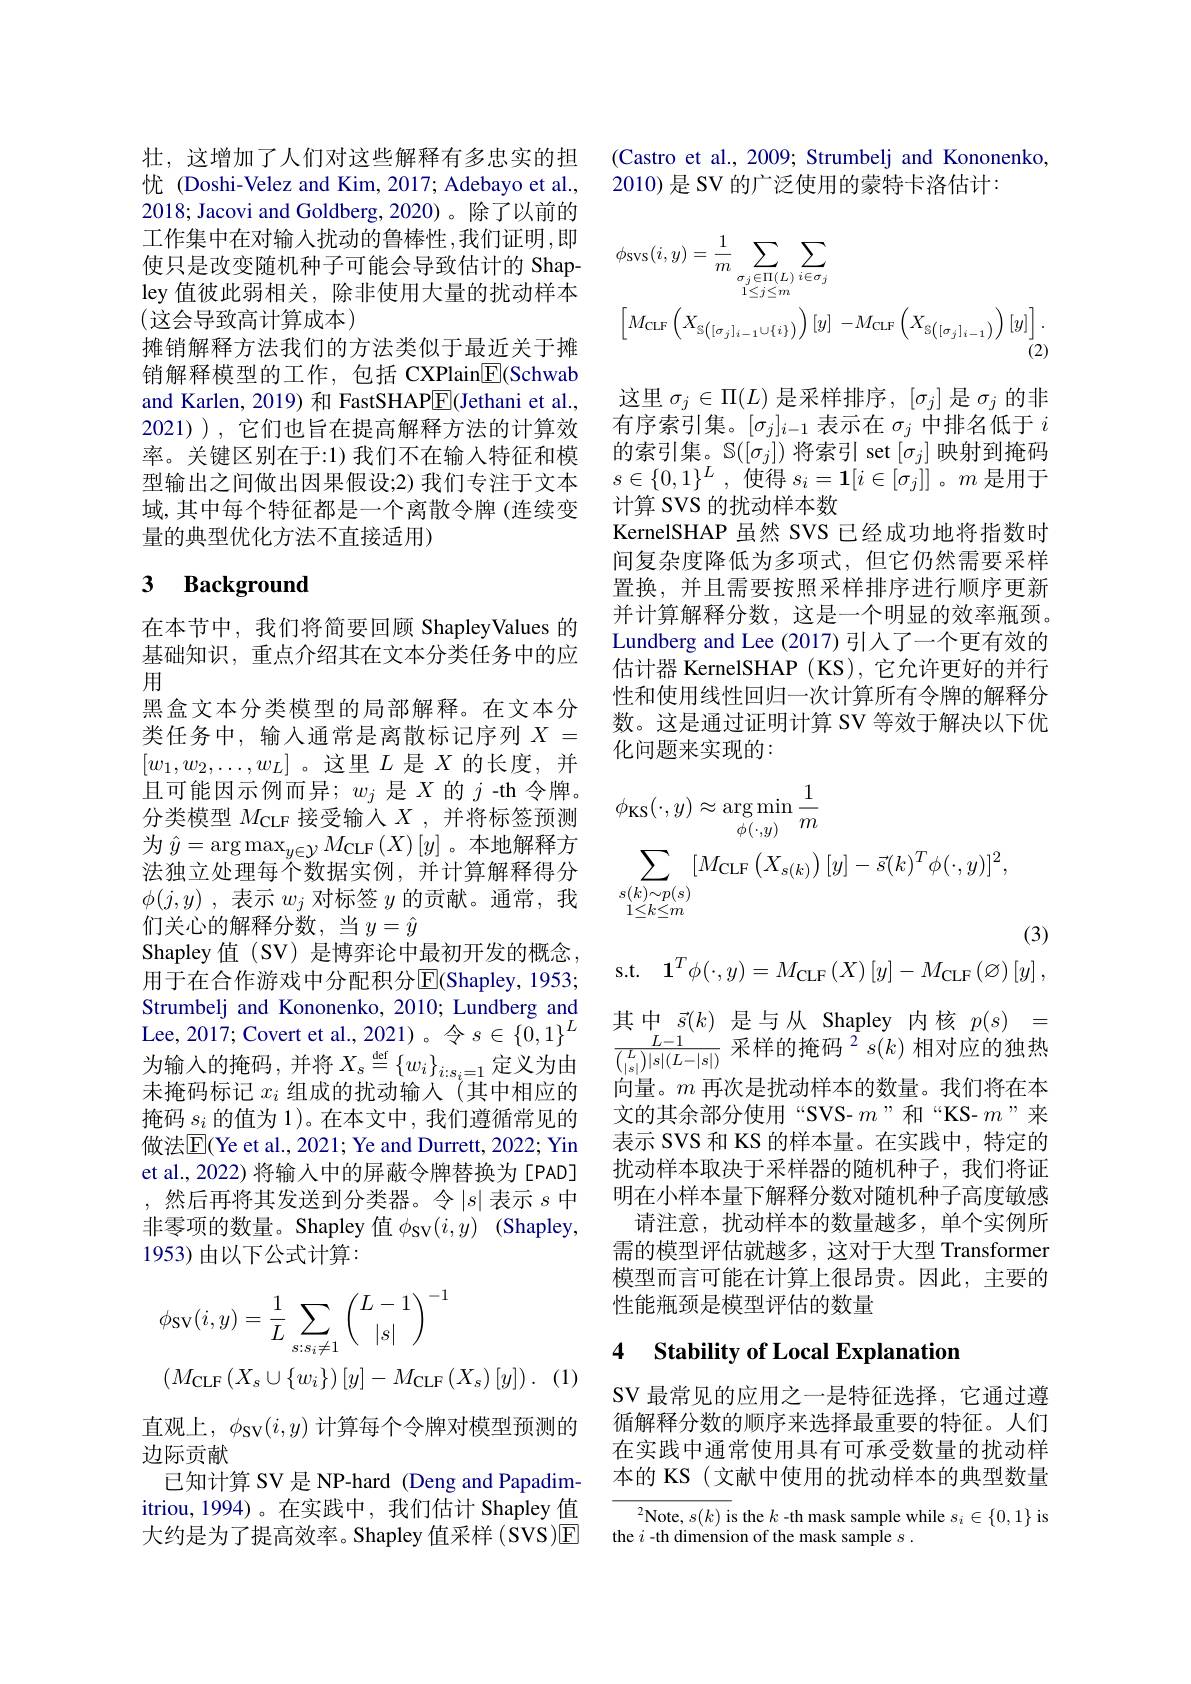
壮，这增加了人们对这些解释有多忠实的担忧 (Doshi-Velez and Kim, 2017; Adebayo et al., 2018; Jacovi and Goldberg, 2020)。除了以前的工作集中在对输入扰动的鲁棒性，我们证明，即使只是改变随机种子可能会导致估计的 Shapley 值彼此弱相关，除非使用大量的扰动样本(这会导致高计算成本)
摊销解释方法我们的方法类似于最近关于摊销解释模型的工作，包括 CXPlain$\underline{\mathrm{E}}($Schwab and Karlen, 2019) 和 FastSHAP$\boxed{\mathrm{F}}($Jethani et al., 2021) ) , 它们也旨在提高解释方法的计算效率。关键区别在于：1)我们不在输入特征和模型输出之间做出因果假设；2) 我们专注于文本域，其中每个特征都是一个离散令牌 (连续变量的典型优化方法不直接适用)

# 3 Background

在本节中，我们将简要回顾 ShapleyValues 的基础知识，重点介绍其在文本分类任务中的应用
黑盒文本分类模型的局部解释。在文本分类任务中，输入通常是离散标记序列$X=$ $[w_1,w_2,\ldots,w_L]$。这里$L$ 是$X$ 的长度，并且可能因示例而异；$w_j$ 是$X$的$j$-th令牌。分类模型$M_\mathrm{CLF}$接受输入$X$,并将标签预测为$\hat{y}=\arg\max_{y\in\mathcal{Y}}M_{\mathrm{CLF}}\left(X\right)[y]$。本地解释方法独立处理每个数据实例，并计算解释得分$\phi ( j, y)$ , 表示$w_j$对标签$y$的贡献。通常，我们关心的解释分数，当$y=\hat{y}$
Shapley 值(SV) 是博弈论中最初开发的概念， 用于在合作游戏中分配积分$\overline{\mathrm{E}}$(Shapley, 1953; Strumbelj and Kononenko, 2010; Lundberg and Lee, 2017; Covert et al. , 2021) 。令 $s\in \{ 0, 1\} ^{L}$ 为输入的掩码，并将$X_s\overset{\mathrm{def}}{\operatorname*{=}}\{w_i\}_{i:s_i=1}$定义为由未掩码标记$x_i$组成的扰动输入(其中相应的掩码$\underline{s_i}$的值为 1)。在本文中，我们遵循常见的做法$\overline{\mathrm{E}}($Ye et al., 2021; Ye and Durrett, 2022; Yin et al., 2022) 将输人中的屏蔽令牌替换为,然后再将其发送到分类器。令$\left|s\right|$表示$s$中非零项的数量。Shapley 值$\phi _\mathrm{SV}( i, y)$ (Shapley, 1953)由以下公式计算：
$$\begin{aligned}&\phi_{\mathrm{SV}}(i,y)=\frac{1}{L}\sum_{s:s_{i}\neq1}\binom{L-1}{|s|}^{-1}\\&\left(M_{\mathrm{CLF}}\left(X_{s}\cup\{w_{i}\}\right)[y]-M_{\mathrm{CLF}}\left(X_{s}\right)[y]\right).\:(\end{aligned}$$
直观上，$\phi_\mathrm{SV}(i,y)$计算每个令牌对模型预测的
边际贡献
已知计算 SV 是 NP-hard (Deng and Papadimitriou,1994)。在实践中，我们估计 Shapley 值大约是为了提高效率。Shapley 值采样 (SVS)E

(Castro et al., 2009; Strumbelj and Kononenko,
2010)是 SV 的广泛使用的蒙特卡洛估计：
$$\begin{aligned}&\phi_{\mathrm{SVS}}(i,y)=\frac{1}{m}\sum_{\sigma_{j}\in\Pi(L)}\sum_{i\in\sigma_{j}}\\&\left[M_{\mathrm{CLF}}\left(X_{\mathbb{S}\left([\sigma_{j}]_{i-1}\cup\{i\}\right)}\right)[y]\:-M_{\mathrm{CLF}}\left(X_{\mathbb{S}\left([\sigma_{j}]_{i-1}\right)}\right)[y]\right].\\&&\text{(2)}\end{aligned}$$
这里$\sigma_j\in\Pi(L)$是采样排序，$[\sigma_j]$是$\sigma_j$的非有序索引集。$[\sigma_j]_i-1$表示在$\sigma_j$中排名低于$i$ 的索引集。$\mathbb{S}([\sigma_j])$将索引 set $[\sigma_j]$映射到掩码$s\in \{ 0, 1\} ^{L}$ , 使得 $s_i=\mathbf{1}[i\in[\sigma_j]]$。$m$ 是用于计算 SVS 的扰动样本数
KernelSHAP 虽然 SVS 已经成功地将指数时间复杂度降低为多项式，但它仍然需要采样置换，并且需要按照采样排序进行顺序更新并计算解释分数，这是一个明显的效率瓶颈。Lundberg and Lee (2017) 引入了一个更有效的估计器 KernelSHAP (KS), 它允许更好的并行性和使用线性回归一次计算所有令牌的解释分数。这是通过证明计算 SV 等效于解决以下优化问题来实现的：
$$\begin{aligned}&\phi_{\mathrm{KS}}(\cdot,y)\approx\arg\min_{\phi(\cdot,y)}\frac{1}{m}\\&\sum_{\substack{s(k)\sim p(s)\\1\leq k\leq m}}[M_{\mathrm{CLF}}\left(X_{s(k)}\right)[y]-\vec{s}(k)^{T}\phi(\cdot,y)]^{2},\end{aligned}$$
(3)
$$\mathbf1^T\phi(\cdot,y)=M_{\mathrm{CLF}}\left(X\right)\left[y\right]-M_{\mathrm{CLF}}\left(\varnothing\right)\left[y\right],$$
其中$\vec{s}(k)$是与从 Shapley 内核$p(s)=$ $\frac{L-1}{\binom{L}{|s|}|s|(L-|s|)}\text{ 采样的掩码 }^2s(k)$相对应的独热向量。$m$再次是扰动样本的数量。我们将在本文的其余部分使用“SVS- $m^{\text{”和“KS-}m}$”来表示 SVS 和 KS 的样本量。在实践中，特定的扰动样本取决于采样器的随机种子，我们将证明在小样本量下解释分数对随机种子高度敏感
请注意，扰动样本的数量越多，单个实例所需的模型评估就越多，这对于大型 Transformer 模型而言可能在计算上很昂贵。因此，主要的性能瓶颈是模型评估的数量

### 4 $\textbf{Stability of Local Explanation}$

SV 最常见的应用之一是特征选择，它通过遵循解释分数的顺序来选择最重要的特征。人们在实践中通常使用具有可承受数量的扰动样本的 KS(文献中使用的扰动样本的典型数量

$^2$Note, $s(k)$ is the $k$ -th mask sample while $s_i\in\{0,1\}$ is
the $i$ -th dimension of the mask sample $s.$